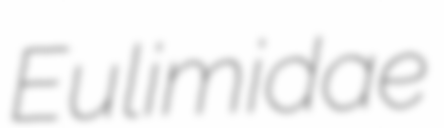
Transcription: Eulimidae